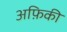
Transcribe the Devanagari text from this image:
अफ़िकी